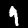
Digit: 9